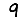
Digit: 9